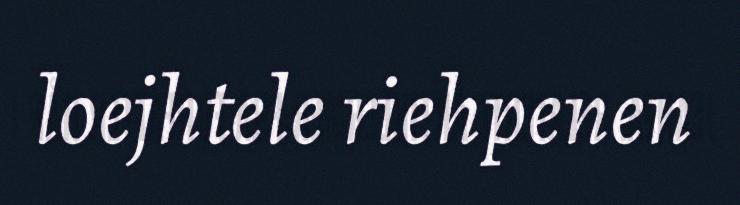
loejhtele riehpenen